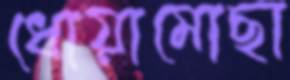
ধোয়ামোছা